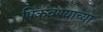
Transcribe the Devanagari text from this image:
पिकवण्याच्या